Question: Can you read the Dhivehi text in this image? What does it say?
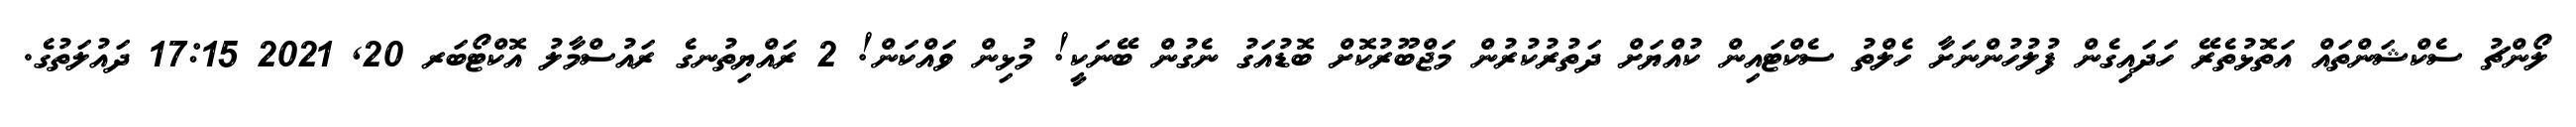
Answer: ލޯންޗު ސެކްޝަންތައް އަތޮޅުތެރޭ ހަދައިގެން ފުލުހުންނަށާ ހެލްތު ސެކްޓައިން ކުއްޔަށް ދަތުރުކުރުން މަޖްބޫރުކޮށް ބޮޑުއަގު ނެގުން ބޭނަކީ! މުޅިން ވައްކަން! 2 ރައްޔިތުނގެ ރައުސްމާލު އޮކްޓޯބަރ 20, 2021 17:15 ދައުލަތުގެ.